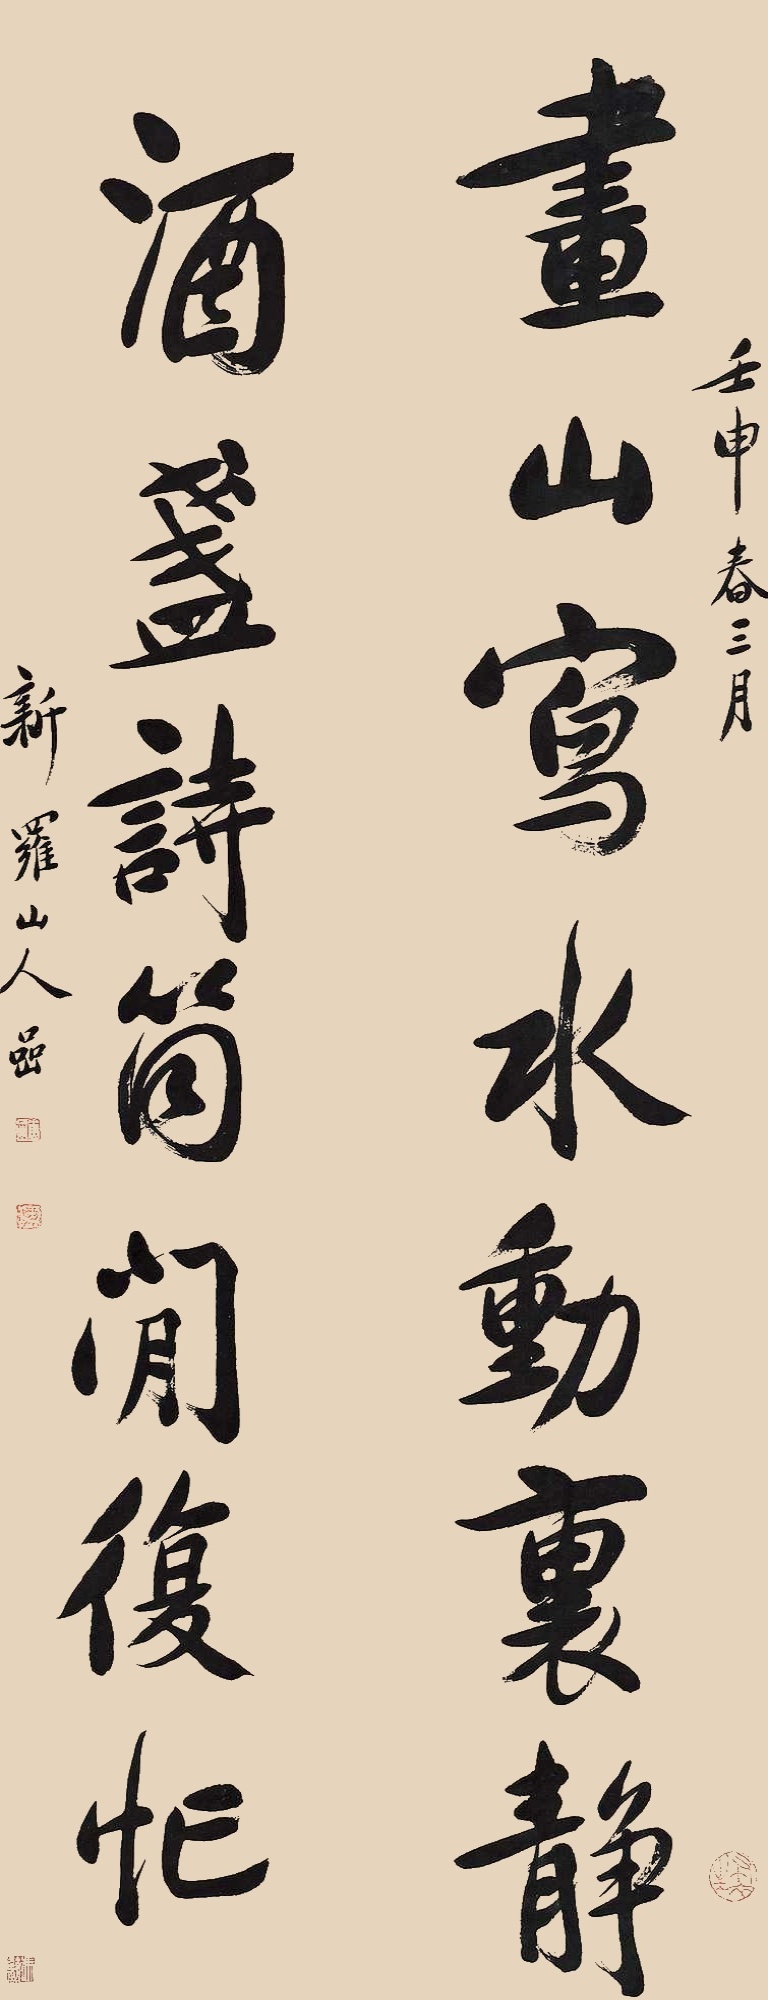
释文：画山写水动里静，酒盏诗筒闲复忙。壬申春三月，新罗山人岩。